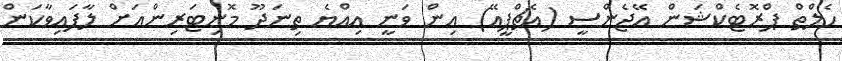
ހެލްތް ޕްރޮޓެކްޝަން އޭޖެންސީ (އެޗްޕީއޭ) އިން ވަނީ އިއްޔެ ތިނަދޫ މޮނިޓަރިންއަށް ލާފައިވާކަން